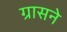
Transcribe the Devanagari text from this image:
ग्रासने